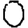
Digit: 0